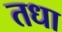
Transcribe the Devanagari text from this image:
तधा